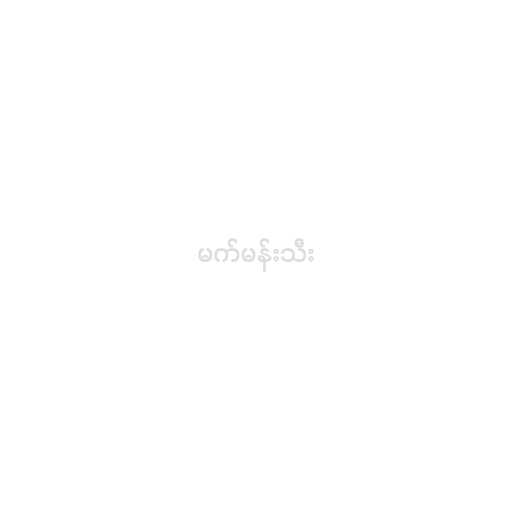
မက်မန်းသီး